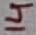
Text: 14